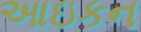
આઇકન